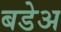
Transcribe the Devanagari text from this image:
बडेअ